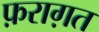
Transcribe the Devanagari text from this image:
फ़राग़त